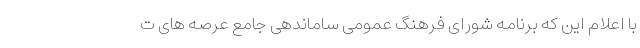
با اعلام این که برنامه شورای فرهنگ عمومی ساماندهی جامع عرصه های ت